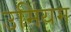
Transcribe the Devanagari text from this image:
उमियम